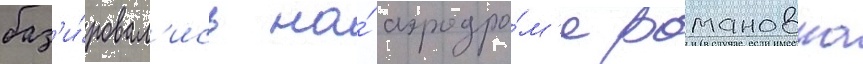
баз'и́ровал'ись на́ аэродро́м'е романовка